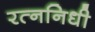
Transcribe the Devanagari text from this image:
रत्‍ननिधी